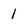
Character: 1